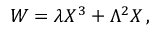
W = \lambda X ^ { 3 } + \Lambda ^ { 2 } X \, ,